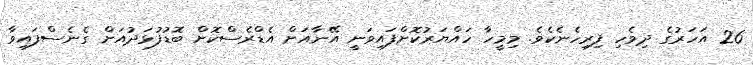
26 އަހަރުގެ ދިވެހި ފިރިހެނެކެވެ. މިމީހާ ހައްޔަރުކޮށްފައިވަނީ އޭނާއަށް އެޑްރެސްކޮށް ބޮޑުފުޅަދުއަށް ގެނެސްފައިވާ